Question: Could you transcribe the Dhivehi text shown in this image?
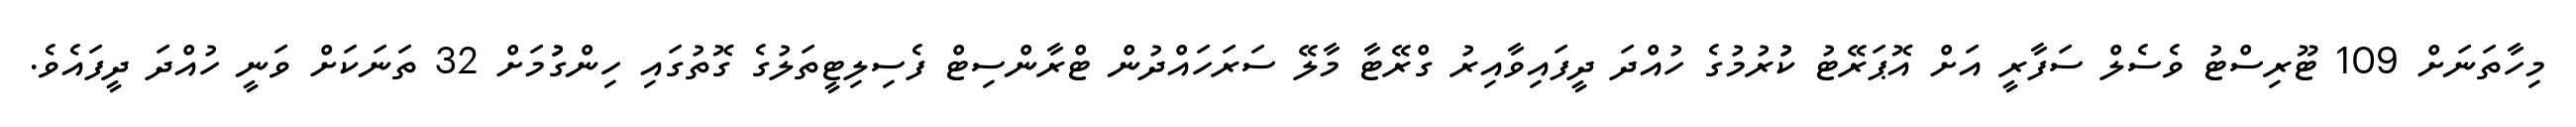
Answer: މިހާތަނަށް 109 ޓޫރިސްޓު ވެސެލް ސަފާރީ އަށް އޮޕަރޭޓު ކުުރުމުގެ ހުއްދަ ދީފައިވާއިރު ގްރޭޓާ މާލޭ ސަރަހައްދުން ޓްރާންސިޓް ފެސިލިޓީތަލުގެ ގޮތުގައި ހިންގުުމަށް 32 ތަނަކަށް ވަނީ ހުއްދަ ދީފައެވެ.